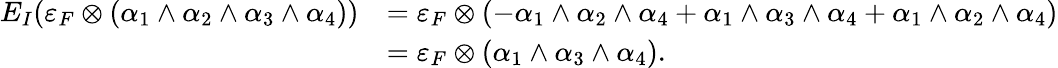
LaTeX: \begin{array}{rl}{E_{I}(\varepsilon_{F}\otimes(\alpha_{1}\wedge\alpha_{2}\wedge\alpha_{3}\wedge\alpha_{4}))}&{=\varepsilon_{F}\otimes(-\alpha_{1}\wedge\alpha_{2}\wedge\alpha_{4}+\alpha_{1}\wedge\alpha_{3}\wedge\alpha_{4}+\alpha_{1}\wedge\alpha_{2}\wedge\alpha_{4})}\\ &{=\varepsilon_{F}\otimes(\alpha_{1}\wedge\alpha_{3}\wedge\alpha_{4}).}\end{array}